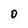
Character: D